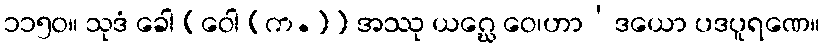
၁၁၅၀။ သုဒံ ခေါ [ဝေါ (က.)] အဿု ယဂ္ဃေ ဝေ၊ဟာ’ဒယော ပဒပူရဏေ။